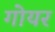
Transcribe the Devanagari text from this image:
गोयर